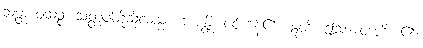
သတ္တာဝါသဉ္စ၊ သတ္တဝါတို့သို့လည်း။ ဘဇန္တိ၊ ဝင်ကုန်၏။ ဣတိ၊ ဤသို့။ ဝဒတိ၊ ၏။